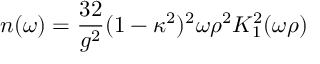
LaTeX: n ( \omega ) = \frac { 3 2 } { g ^ { 2 } } ( { 1 - \kappa ^ { 2 } } ) ^ { 2 } \omega \rho ^ { 2 } K _ { 1 } ^ { 2 } ( \omega \rho )